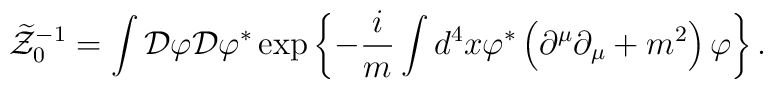
\widetilde{{\cal Z}}_{0}^{-1}=\int {\cal D}\varphi {\cal D}\varphi ^{\ast}\exp \left\{ -\frac{i}{m}\int d^{4}x\varphi ^{\ast }\left( \partial ^{\mu}\partial _{\mu }+m^{2}\right) \varphi \right\} .